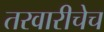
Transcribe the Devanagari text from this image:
तरवारीचेच